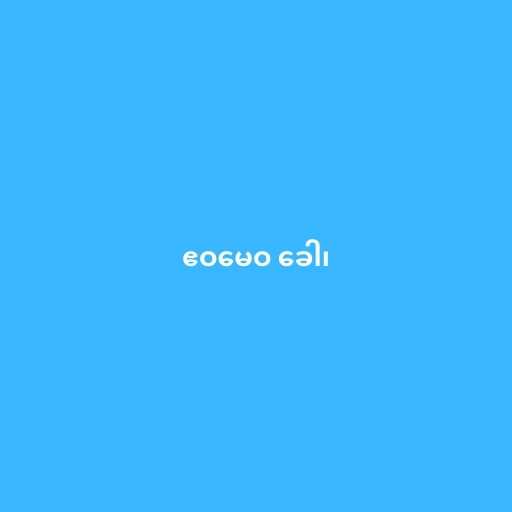
ဧဝမေဝ ခေါ၊